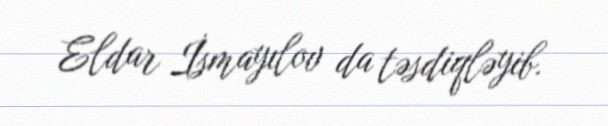
Eldar İsmayılov da təsdiqləyib.